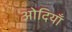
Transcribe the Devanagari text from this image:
ओदियाँ